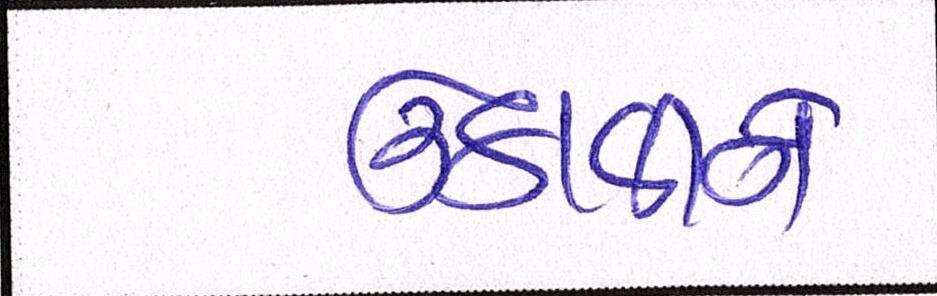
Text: ઉઠાવીને